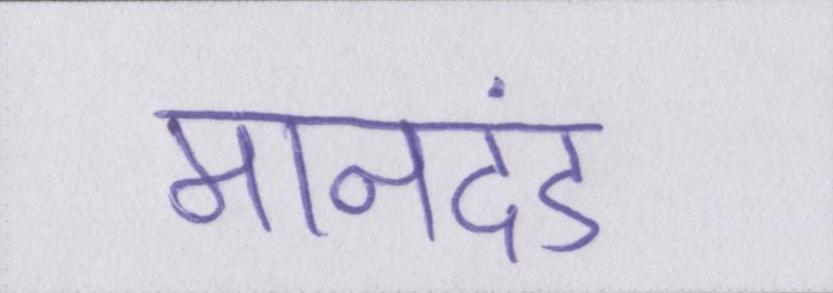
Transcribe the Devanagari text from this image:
मानदंड